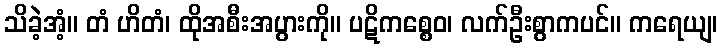
သိခဲ့အံ့။ တံ ဟိတံ၊ ထိုအစီးအပွားကို။ ပဋိကစ္စေဝ၊ လက်ဦးစွာကပင်။ ကရေယျ၊